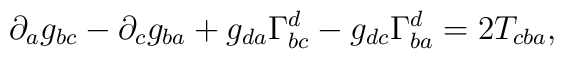
\partial _ag_{bc}-\partial _cg_{ba}+g_{da}\Gamma _{bc}^d-g_{dc}\Gamma_{ba}^d=2T_{cba},